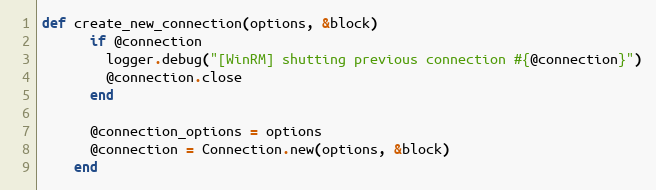
Language: Ruby
def create_new_connection(options, &block)
      if @connection
        logger.debug("[WinRM] shutting previous connection #{@connection}")
        @connection.close
      end

      @connection_options = options
      @connection = Connection.new(options, &block)
    end